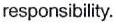
responsibility.